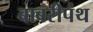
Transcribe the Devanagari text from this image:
बाबरीपंथ